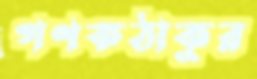
গণকঠাকুর